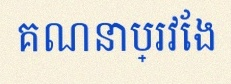
គណនាប្រវែង